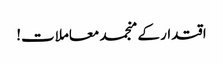
اقتدار کے منجمد معاملات!